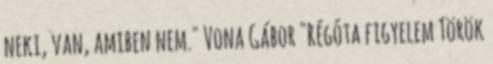
neki, van, amiben nem." Vona Gábor "Régóta figyelem Török